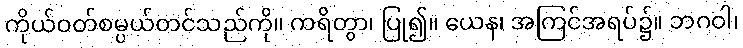
ကိုယ်ဝတ်စမ္ပယ်တင်သည်ကို။ ကရိတွာ၊ ပြု၍။ ယေန၊ အကြင်အရပ်၌။ ဘဂဝါ၊